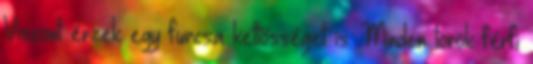
Viszont érzek egy furcsa kettősséget is. Minden török férfi